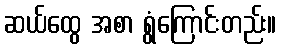
ဆယ်ထွေ အစာ ရွံကြောင်းတည်း။